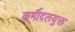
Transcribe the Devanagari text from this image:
कर्मीदलयुक्त